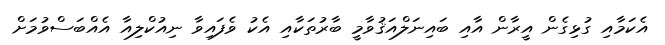
އެކަމާއި ގުޅިގެން އީރާން އާއި ބައިނަލްއަޤުވާމީ ބާރުތަކާއި އެކު ވެފައިވާ ނިއުކްލިއާ އެއްބަސްވުމަށް